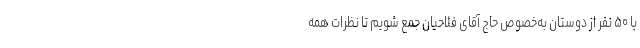
با ۵۰ نفر از دوستان به‌خصوص حاج آقای فلاحیان جمع شویم تا نظرات همه